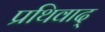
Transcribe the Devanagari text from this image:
प्रथिवाद्